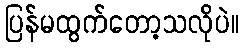
ပြန်မထွက်တော့သလိုပဲ။